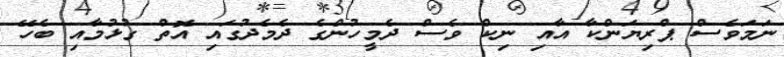
ނަމަވެސް ޕްރިޔަންކާ އާއި ނިކް ވެސް ދެމީހުންގެ ދެމެދުގައި އޮތް ގުޅުމާއި ބެހޭ